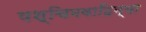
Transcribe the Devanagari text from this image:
पश्चिमवाहिन्या